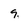
Character: 9